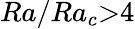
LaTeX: Ra/Ra_{c}{>}4